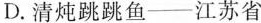
D.清炖跳跳鱼--江苏省